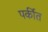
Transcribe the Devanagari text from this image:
पर्कीत